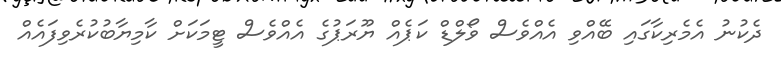
ދެކުނު އެމެރިކާގައި ބޭއްވި އެއްވެސް ވޯލްޑް ކަޕެއް ޔޫރަޕުގެ އެއްވެސް ޓީމަކަށް ކާމިޔާބުކުރެވިފައެއް